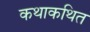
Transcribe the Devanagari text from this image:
कथाकथित